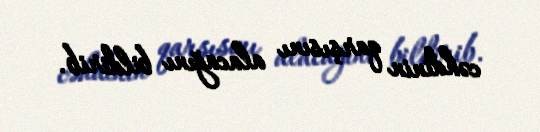
cəhdinin qarşısını alacağını bildirib.